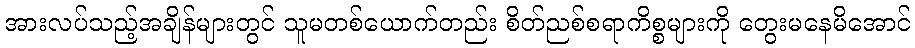
အားလပ်သည့်အချိန်များတွင် သူမတစ်ယောက်တည်း စိတ်ညစ်စရာကိစ္စများကို တွေးမနေမိအောင်